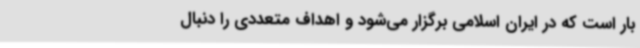
بار است که در ایران اسلامی برگزار می‌شود و اهداف متعددی را دنبال